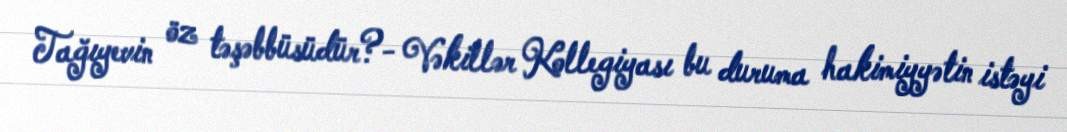
Tağıyevin öz təşəbbüsüdür?- Vəkillər Kollegiyası bu duruma hakimiyyətin istəyi